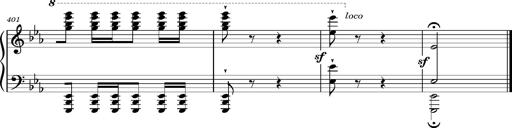
Title: Magyar rapszÃ³diÃ¡k
Composer: Franz Liszt